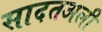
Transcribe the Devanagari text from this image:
सादतअली